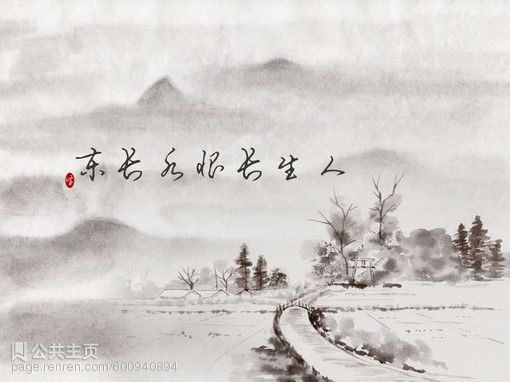
无奈朝来寒雨，晚来风。